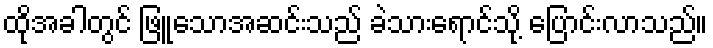
ထိုအခါတွင် ဖြူသောအဆင်းသည် ခဲသားရောင်သို့ ပြောင်းလာသည်။